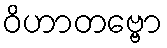
ဝိဟာတဗ္ဗော